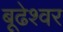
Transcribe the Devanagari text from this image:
बूढेश्वर